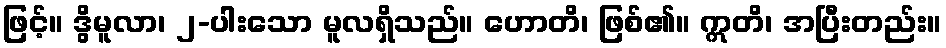
ဖြင့်။ ဒွိမူလာ၊ ၂-ပါးသော မူလရှိသည်။ ဟောတိ၊ ဖြစ်၏။ ဣတိ၊ အပြီးတည်း။